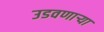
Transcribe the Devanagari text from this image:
उडवणाऱ्या